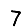
Digit: 7